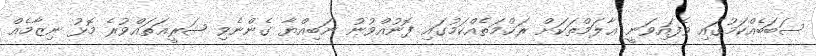
ސަބަބެއްކަމުގައި ވެފައިވަނީ ޢާލަމްތަކަށް ރަޙްމަތެއްކަމުގައި ފޮނުއްވުނު ނަބިއްޔާ ގެންނެވި ޝަރީޢަތައްވުރެ މޮޅު ނިޒާމެއް